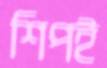
শিপই